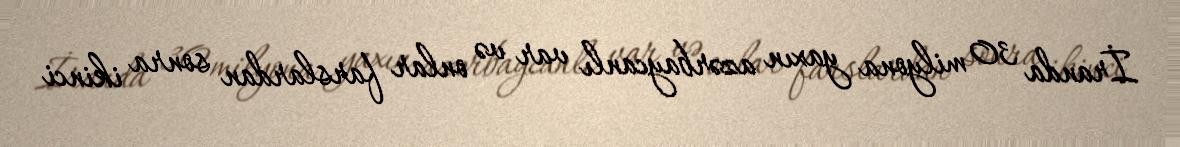
İranda 30 milyona yaxın azərbaycanlı var və onlar farslardan sonra ikinci